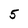
Character: 5